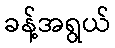
ခန့်အရွယ်